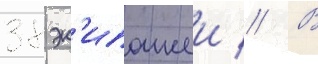
38 эк'ипажеи // В